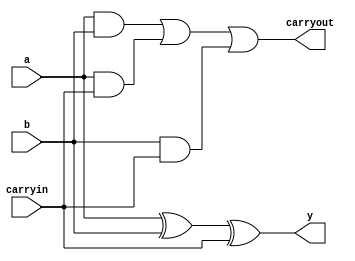
`timescale 1ns / 1ps
module full_adder(y,carryout,a,b,carryin);
                 output y, carryout;
                 input a, b,carryin;
  
  assign y = a ^ b ^ carryin;
  assign carryout = ( a & b ) | ( a & carryin ) | ( b & carryin ); 
endmodule